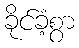
ခိုင်ခံ့စွာ